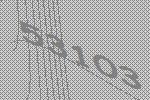
53103